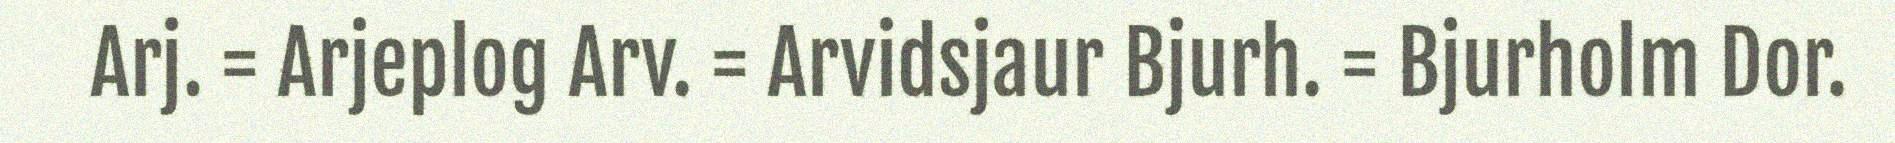
Arj. = Arjeplog Arv. = Arvidsjaur Bjurh. = Bjurholm Dor.